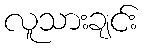
လူသားချင်း